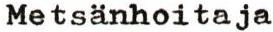
Metsänhoitaja